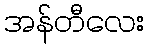
အန်တီလေး